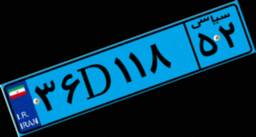
۹۱D۲۹۹۸۷